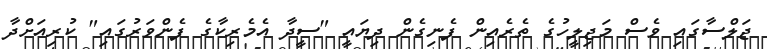
ޖަލްސާގައި ވެސް މަޖިލީހުގެ ތެރެއިން ފެނިގެން ދިޔައީ "ސީދާ އެމެރިކާގެ ފެންވަރުގައި" ކުރިއަށްދާ